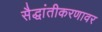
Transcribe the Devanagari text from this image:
सैद्धांतीकरणावर